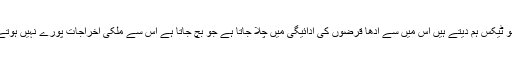
جو ٹیکس ہم دیتے ہیں اس میں سے آدھا قرضوں کی ادائیگی میں چلا جاتا ہے جو بچ جاتا ہے اس سے ملکی اخراجات پورے نہیں ہوتے۔